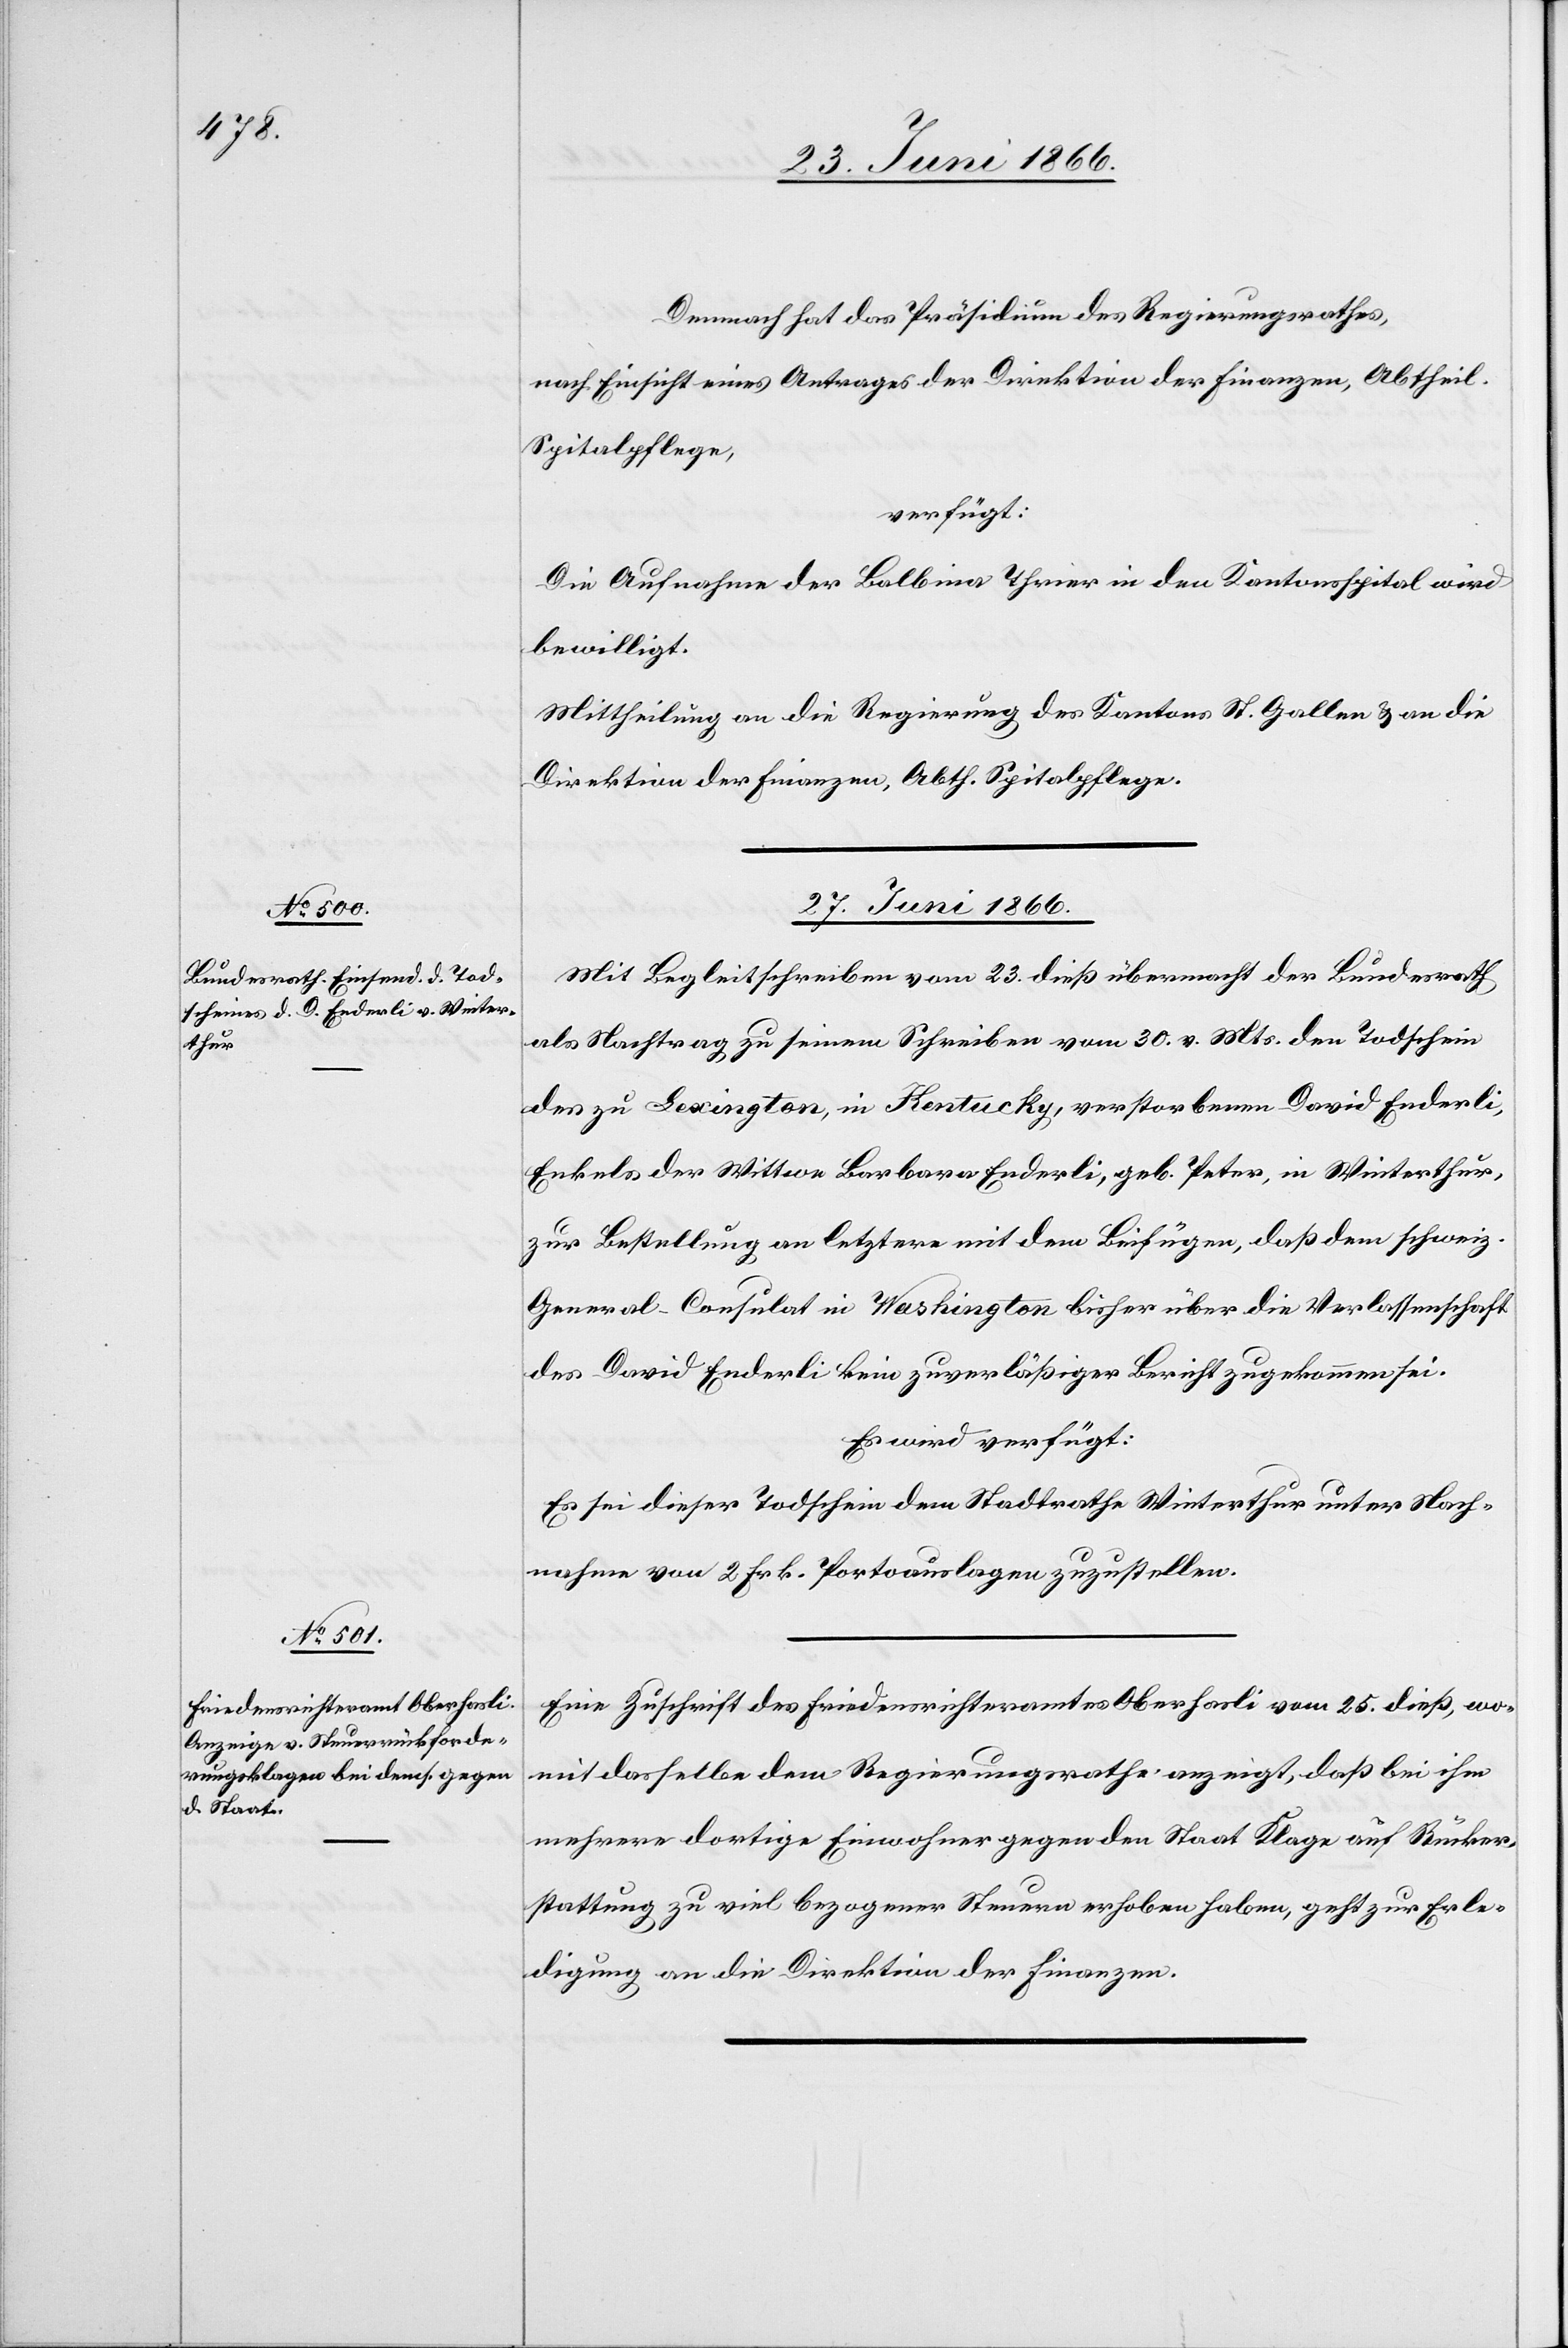
Demnach hat das Präsidium des Regierungsrathes,
nach Einsicht eines Antrages der Direktion der Finanzen, Abtheil.
Spitalpflege,
verfügt:
Die Aufnahme der Balbina Thrier in den Kantonsspital wird
bewilligt.
Mittheilung an die Regierung des Kantons St. Gallen u. an die
Direktion der Finanzen, Abth. Spitalpflege.
27. Juni 1866.
Mit Begleitschreiben vom 22. dieß übermacht der Bundesrath
als Nachtrag zu seinem Schreiben vom 30. v. Mts. den Todschein
des zu Lexington, in Kentucky, verstorbenen David Enderli,
Enkels der Wittwe Barbara Enderli, geb. Peter, in Winterthur,
zur Bestellung an letztere mit dem Beifügen, daß dem schweiz.
General-Consulat in Washington bisher über die Verlassenschaft
des David Enderli kein zuverläßiger Bericht zugekommen sei.
Es wird verfügt:
Es sei dieser Todschein dem Stadtrathe Winterthur unter Nach¬
nahme von 2 Frk. Portoauslagen zuzustellen.
Eine Zuschrift des Friedensrichteramtes Oberhasli vom 25. dieß, wo¬
mit dasselbe dem Regierungsrathe anzeigt, daß bei ihm
mehrere dortige Einwohner gegen den Staat Klage auf Rücker¬
stattung zu viel bezogener Steuern erhoben haben, geht zur Erle¬
digung an die Direktion der Finanzen.